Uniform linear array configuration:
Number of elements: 32
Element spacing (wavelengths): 0.5
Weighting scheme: hann
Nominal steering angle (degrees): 60
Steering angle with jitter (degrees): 60.702
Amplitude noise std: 0.05
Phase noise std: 0.05

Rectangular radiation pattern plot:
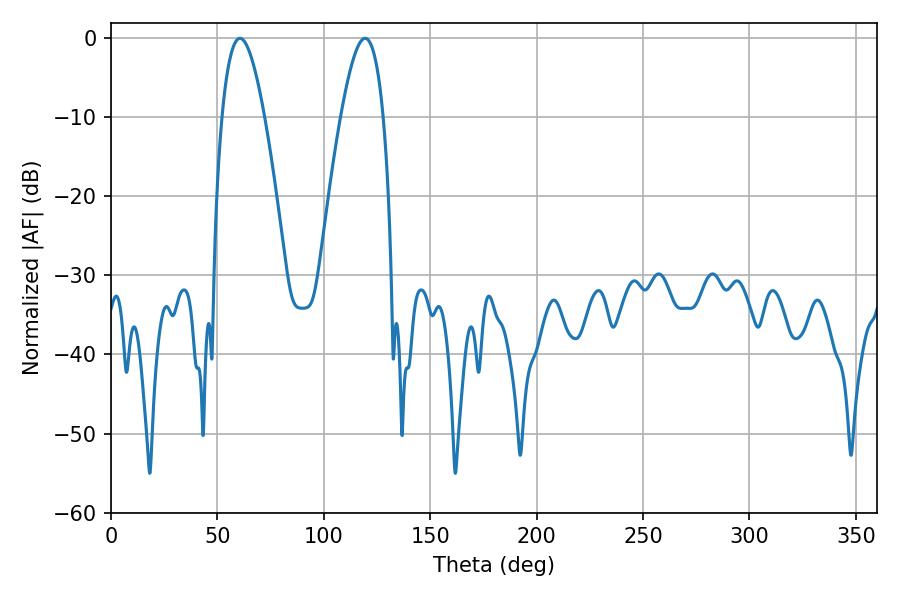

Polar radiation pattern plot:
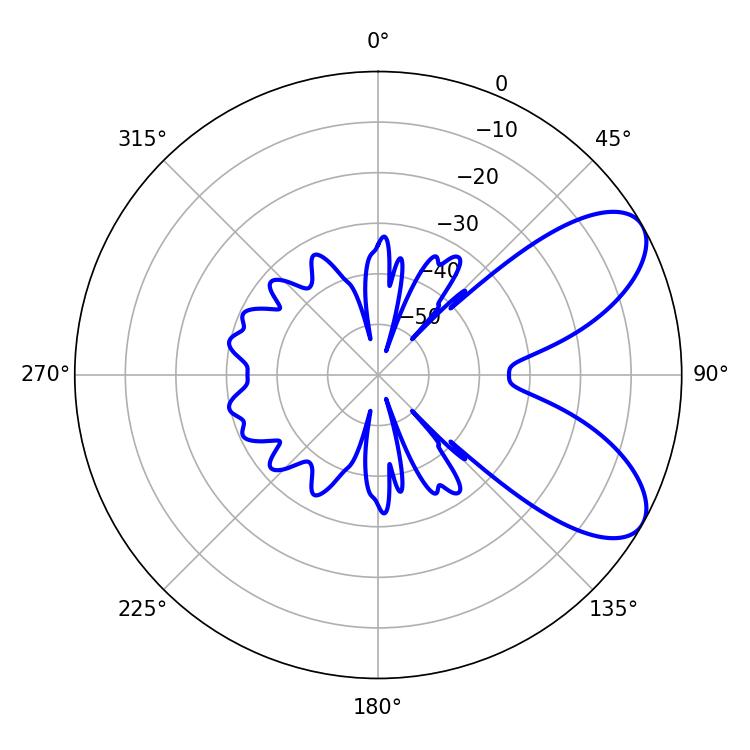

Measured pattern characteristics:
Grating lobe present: FALSE
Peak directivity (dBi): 7.464
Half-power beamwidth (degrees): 10.8
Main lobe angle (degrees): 60.66